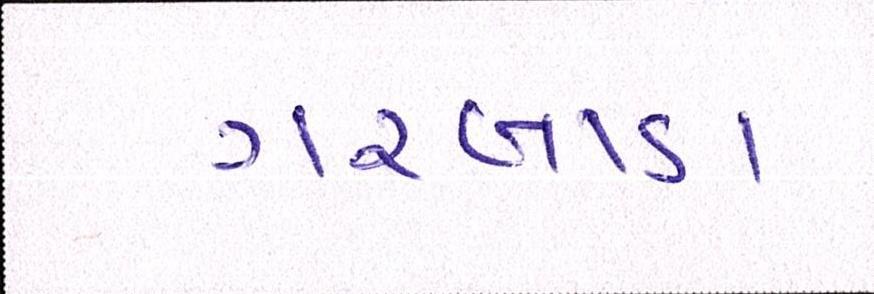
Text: ગરબાડા